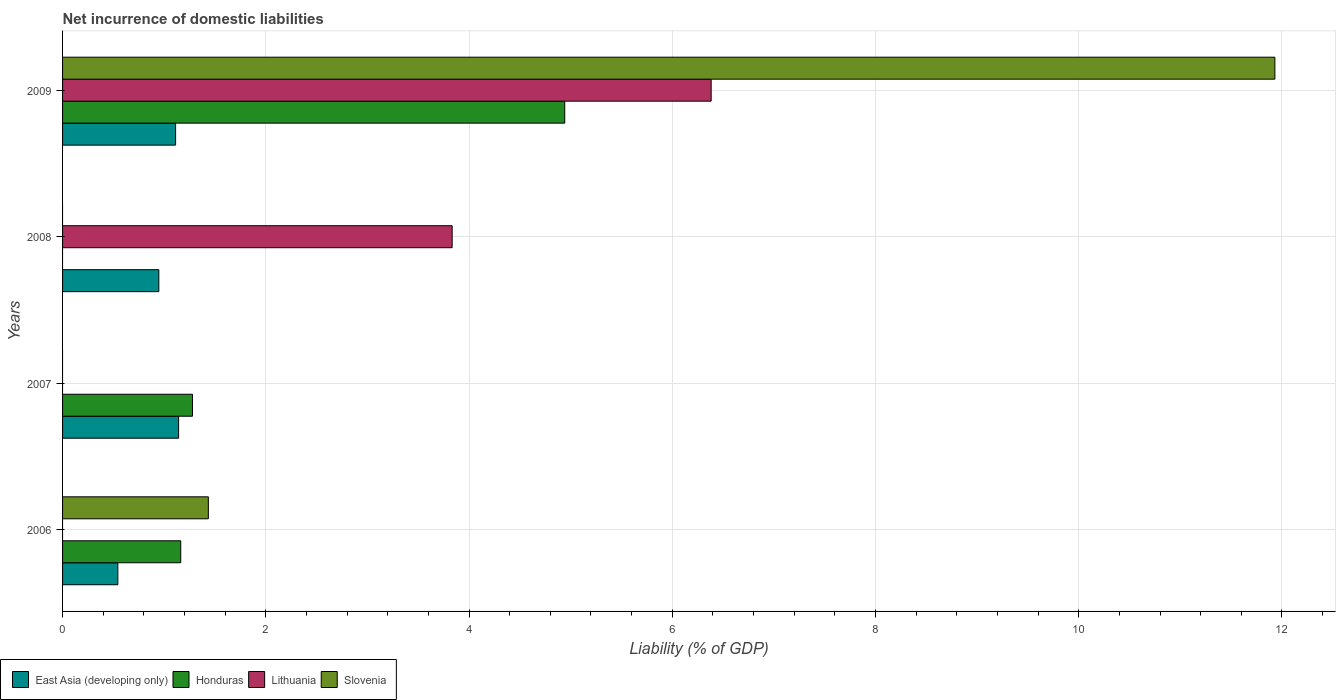
| Years | East Asia (developing only) | Honduras | Lithuania | Slovenia |
 | --- | --- | --- | --- | --- |
 | 2006 | 0.544 | 1.16 | -11.3 | 1.43 |
 | 2007 | 1.14 | 1.28 | -0.427 | -0.574 |
 | 2008 | 0.947 | -1.22 | 3.83 | -0.518 |
 | 2009 | 1.11 | 4.94 | 6.38 | 11.9 |